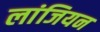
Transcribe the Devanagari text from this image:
लांजियन